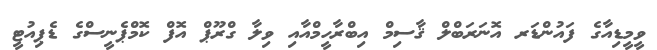
ވީމީޑިއާގެ ފައުންޑަރ އޮނަރަބްލް ޤާސިމް އިބްރާހީމްއާއި ވިލާ ގްރޫޕް އޮފް ކޮމްޕެނީސްގެ ޑެޕިއުޓީ